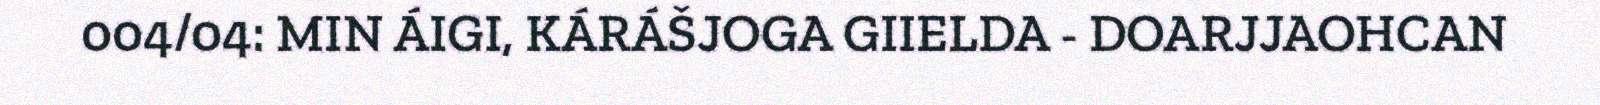
004/04: MIN ÁIGI, KÁRÁŠJOGA GIIELDA - DOARJJAOHCAN